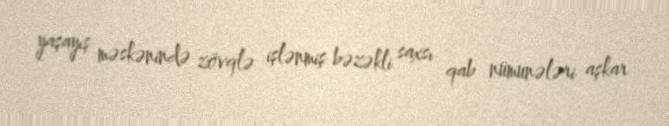
yaşayış məskənində zövqlə işlənmiş bəzəkli saxsı qab nümunələri aşkar